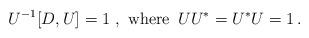
LaTeX: \begin{align*}U^{-1} [D,U] =1 \ , \ \hbox{where}\, \ UU^* = U^* U =1 \, . \end{align*}